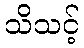
သိသင့်